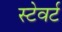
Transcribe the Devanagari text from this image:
स्टेवर्ट